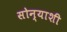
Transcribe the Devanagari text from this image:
सोन्याशी